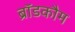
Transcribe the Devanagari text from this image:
ब्रॉडकौम